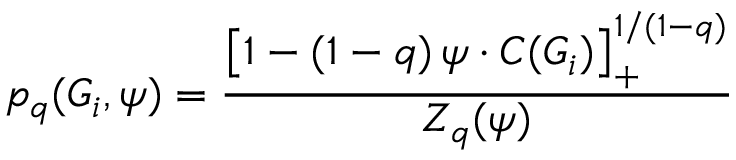
p _ { q } ( G _ { i } , \psi ) = \frac { \left[ 1 - ( 1 - q ) \, \psi \cdot C ( G _ { i } ) \right] _ { + } ^ { 1 / ( 1 - q ) } } { Z _ { q } ( \psi ) }